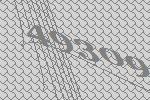
49309